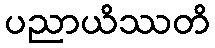
ပညာယိဿတိ